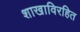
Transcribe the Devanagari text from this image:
शाखाविरहित